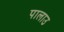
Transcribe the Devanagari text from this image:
पालाउ